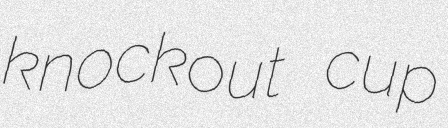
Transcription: knockout cup